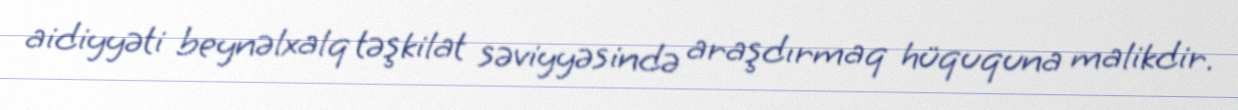
aidiyyəti beynəlxalq təşkilat səviyyəsində araşdırmaq hüququna malikdir.